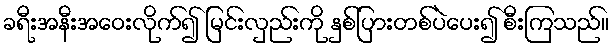
ခရီးအနီးအဝေးလိုက်၍ မြင်းလှည်းကို နှစ်ပြားတစ်ပဲပေး၍ စီးကြသည်။